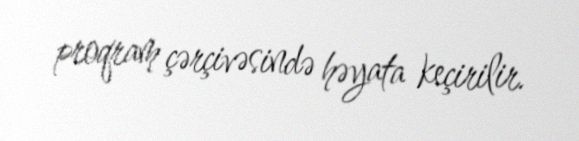
proqram çərçivəsində həyata keçirilir.